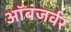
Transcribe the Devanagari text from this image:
ऑबजर्वर